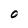
Character: O